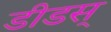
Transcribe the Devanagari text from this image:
डीडस्